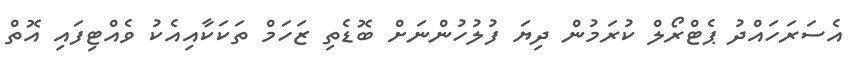
އެސަރަހައްދު ޕެޓްރޯލް ކުރަމުން ދިޔަ ފުލުހުންނަށް ބޮޑެތި ޒަހަމް ތަކަކާއިއެކު ވެއްޓިފައި އޮތް